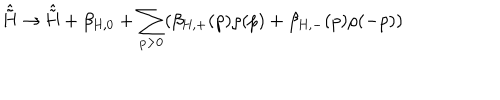
LaTeX: \hat { \tilde { \mathrm { H } } } \rightarrow \hat { \tilde { \mathrm { H } } } + \beta _ { \mathrm { H , 0 } } + \sum _ { p > 0 } ( \beta _ { \mathrm { H , + } } ( p ) \rho ( p ) + \beta _ { \mathrm { H , - } } ( p ) \rho ( - p ) )